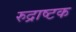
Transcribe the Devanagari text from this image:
रुद्राष्टक